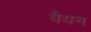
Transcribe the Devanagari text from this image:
वैयन